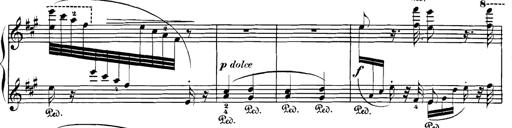
Title: Spinnerlied aus dem Fliegenden HollÃ¤nder
Composer: Franz Liszt